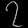
Digit: ၇